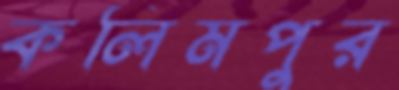
কলিমপুর